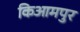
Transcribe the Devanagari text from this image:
किआमपुर